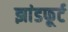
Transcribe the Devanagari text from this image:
झांडफूर्ट